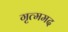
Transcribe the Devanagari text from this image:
गृत्ममद